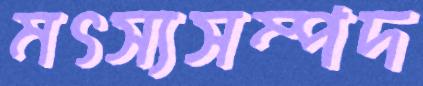
মৎস্যসম্পদ